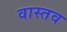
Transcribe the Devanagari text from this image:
वास्तव